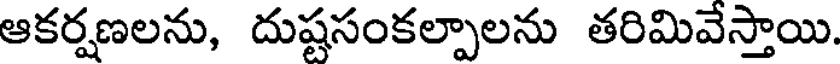
ఆకర్షణలను, దుష్టసంకల్పాలను తరిమివేస్తాయి.